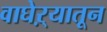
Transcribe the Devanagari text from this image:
वाघेऱ्यातून